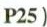
P25)